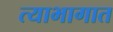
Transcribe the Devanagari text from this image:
त्याभागात